Annual vaccination report of Bihar and Orissa - 1911-1928
Year: 1911
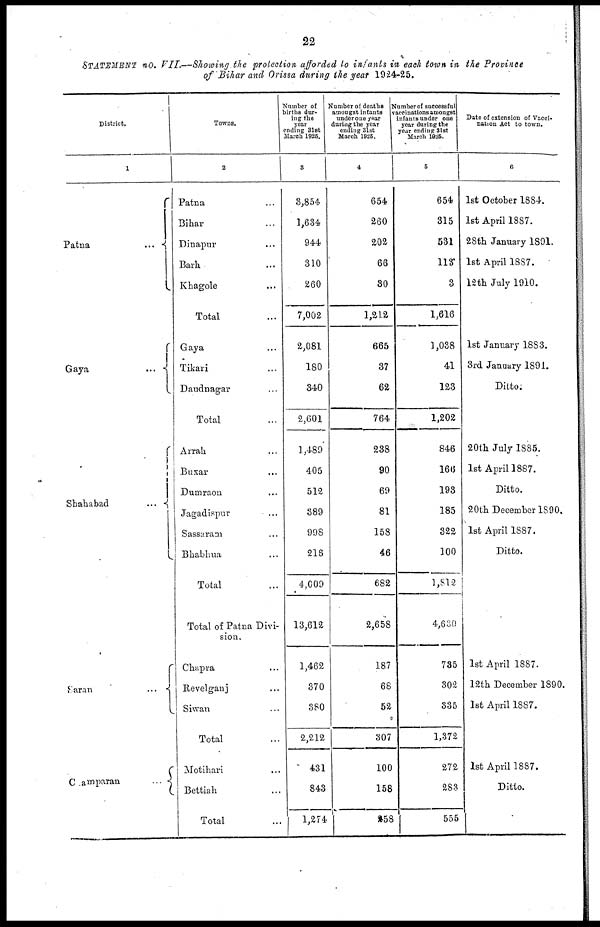
22
STATEMENT no. VII.—Showing the protection afforded to infants in each town in the Province
of Bihar and Orissa during the year 1924-25.
District.
1
Patna
...
Gaya
...
Shahabad
...
Saran
...
Champaran
...
Towns.
3
Patna ...
Bihar ...
Dinapur ...
Barh ...
Khagole ...
Total ...
Gaya ...
Tikari ...
Daudnagar ...
Total ...
Arrah ...
Buxar ...
Dumraon ...
Jagadispur
...
Sassaram ...
Bhabhua ...
Total ...
Total of Patna Divi-
sion.
Chapra ...
Revelganj ...
Siwan ...
Total ...
Motihari ...
Bettiah ...
Total ...
Number of
births dur-
ing the
year
ending 31st
March 1925,
3
3,854
1,634
944
310
260
7,002
2,081
180
340
2,601
1,489
405
512
389
998
216
4,009
13,612
1,462
370
380
2,212
431
843
1,274
Number of deaths
amongst infants
under one year
during the year
ending 31st
March 1925.
4
654
260
202
66
80
1,212
665
37
62
764
238
90
69
81
158
46
682
2,658
187
68
52
307
100
158
258
Number of successful
vaccinations amongst
infants under one
year during the
year ending 31st
March 1925.
5
654
315
531
113
3
1,616
1,038
41
123
1,202
846
166
193
185
322
100
1,812
4,630
735
302
335
1,372
272
283
555
Date of extension of Vacci-
nation Act to town.
6
1st October 1884.
1st April 1887.
28th January 1891.
1st April 1887.
12th July 1910.
1st January 1883.
3rd January 1891.
Ditto.
20th July 1885.
1st April 1887.
Ditto.
20th December 1890.
1st April 1887.
Ditto.
1st April 1887.
12th December 1890.
1st April 1887.
1st April 1887.
Ditto.